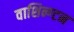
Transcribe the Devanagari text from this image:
वाशिन्ग्टन